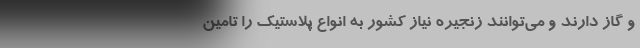
و گاز دارند و می‌توانند زنجیره نیاز کشور به انواع پلاستیک را تامین